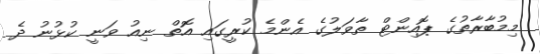
މިމުބާރާތުގެ ޕޮއިންޓް ތާވަލުގެ އެންމެ ކުރީގައި އޮތް ނިއު ވަނީ ކުޅުނު ދެ